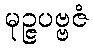
မုဉ္ဇပဗ္ဗဇံ